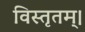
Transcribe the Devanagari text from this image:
विस्तृतम्।